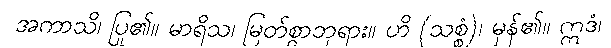
အကာသိ၊ ပြု၏။ မာရိသ၊ မြတ်စွာဘုရား။ ဟိ (သစ္စံ)၊ မှန်၏။ ဣဒံ၊